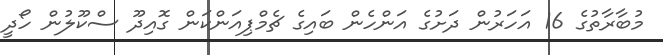
މުބާރާތުގެ 16 އަހަރުން ދަށުގެ އަންހެން ބައިގެ ޗެމްޕިއަންކަން ގޮއިދޫ ސްކޫލުން ހޯދީ